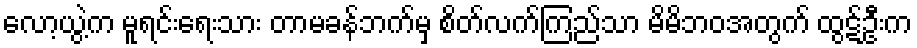
လော့ယွဲ့က မူရင်းရေးသား တာမခန်ဘက်မှ စိတ်လက်ကြည်သာ မိမိဘဝအတွက် ထွဋ်ဦးက